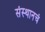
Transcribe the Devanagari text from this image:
संस्थानचं